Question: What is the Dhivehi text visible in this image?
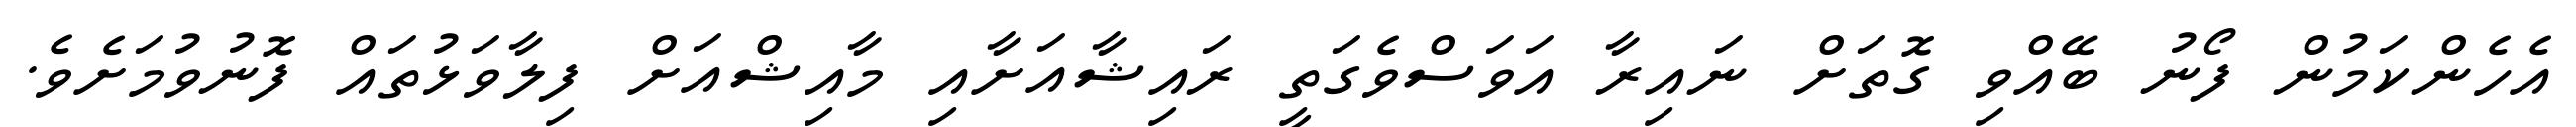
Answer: އެހެންކަމުން ފޯނު ބޭއްވި ގޮތަށް ނައިރާ އަވަސްވެގަތީ ރައިޝާއަށާއި މާއިޝްއަށް ފިލާވަޅުތައް ފޮނުވުމަށެވެ.